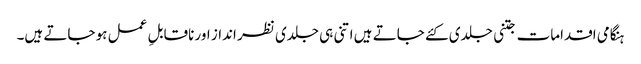
ہنگامی اقدامات جتنی جلدی کئے جاتے ہیں اتنی ہی جلدی نظر انداز اور ناقابلِ عمل ہو جاتے ہیں۔